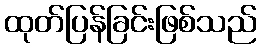
ထုတ်ပြန်ခြင်းဖြစ်သည်